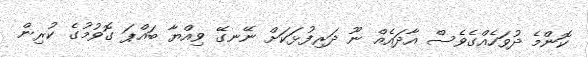
ކޮންމެ ދުވަހެއްގެވެސް އާދައެއް ނޫ ދަރިފުޅަކަށް ނޭނގޭ ވިއްޔާ ބައްޕަ ގޮވުމުގެ ކުރިން